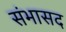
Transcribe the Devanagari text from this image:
संभासद